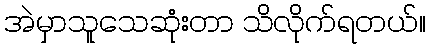
အဲမှာသူသေဆုံးတာ သိလိုက်ရတယ်။